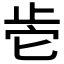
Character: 𰙡